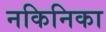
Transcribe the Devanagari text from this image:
नकिनिका